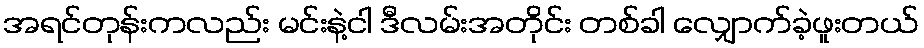
အရင်တုန်းကလည်း မင်းနဲ့ငါ ဒီလမ်းအတိုင်း တစ်ခါ လျှောက်ခဲ့ဖူးတယ်